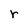
Character: r